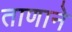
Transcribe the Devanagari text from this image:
ताणाने